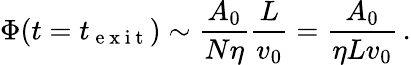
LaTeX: \Phi(t=t_{\mathrm{~e~x~i~t~}})\sim\frac{A_{0}}{N\eta}\frac{L}{v_{0}}=\frac{A_{0}}{\eta Lv_{0}}\, .